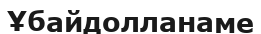
Ұбайдолланаме